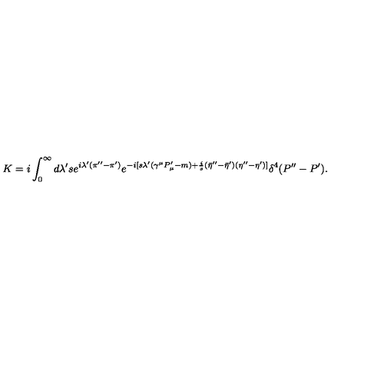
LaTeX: K = i \int _ { 0 } ^ { \infty } d \lambda ^ { \prime } s e ^ { i \lambda ^ { \prime } ( \pi ^ { \prime \prime } - \pi ^ { \prime } ) } e ^ { - i [ s \lambda ^ { \prime } ( \gamma ^ { \mu } P _ { \mu } ^ { \prime } - m ) + { \frac { i } { s } } ( { \bar { \eta } } ^ { \prime \prime } - { \bar { \eta } } ^ { \prime } ) ( \eta ^ { \prime \prime } - \eta ^ { \prime } ) ] } \delta ^ { 4 } ( P ^ { \prime \prime } - P ^ { \prime } ) .